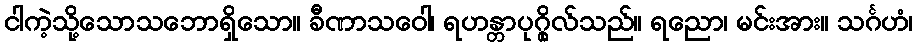
ငါကဲ့သို့သောသဘောရှိသော။ ခီဏာသဝေါ၊ ရဟန္တာပုဂ္ဂိုလ်သည်။ ရညော၊ မင်းအား။ သင်္ဂဟံ၊